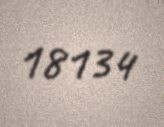
18134